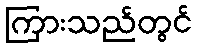
ကြားသည်တွင်